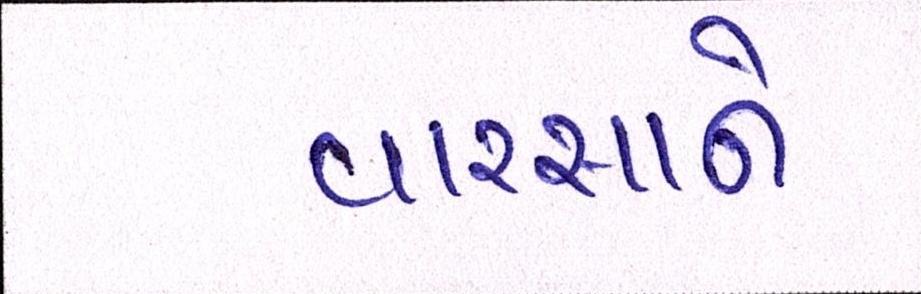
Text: વારસાને